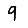
Digit: 9